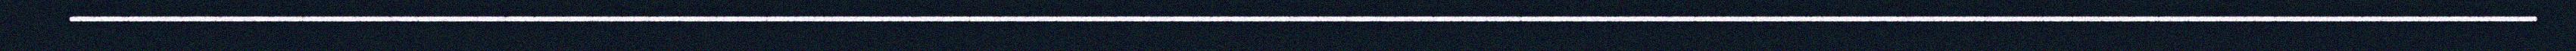
_____________________________________________________________________________________